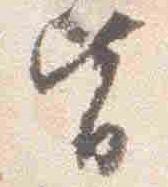
皆